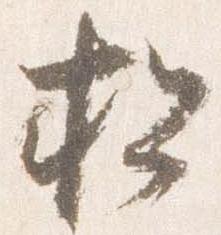
松